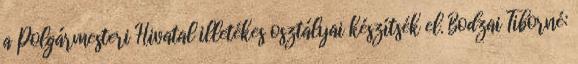
a Polgármesteri Hivatal illetékes osztályai készítsék el. Bodzai Tiborné: